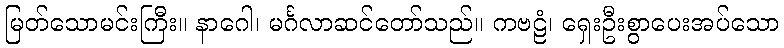
မြတ်သောမင်းကြီး။ နာဂေါ၊ မင်္ဂလာဆင်တော်သည်။ ကဗဠံ၊ ရှေးဦးစွာပေးအပ်သော